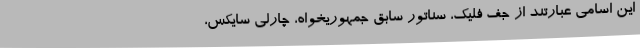
این اسامی عبارتند از جف فلیک، سناتور سابق جمهوریخواه، چارلی سایکس،